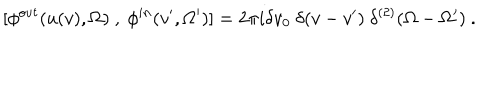
~ [ \phi ^ { o u t } ( u ( v ) , \Omega ) ~ , ~ \phi ^ { i n } ( v ^ { \prime } , \Omega ^ { \prime } ) ] = 2 \pi i \delta v _ { 0 } ~ \delta ( v - v ^ { \prime } ) ~ \delta ^ { ( 2 ) } ( \Omega - \Omega ^ { \prime } ) ~ .